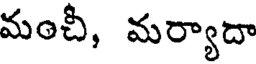
మంచీ, మర్యాదా